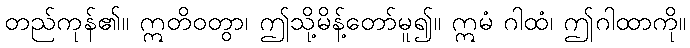
တည်ကုန်၏။ ဣတိဝတွာ၊ ဤသို့မိန့်တော်မူ၍။ ဣမံ ဂါထံ၊ ဤဂါထာကို။